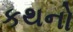
કથનો